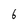
Character: 6